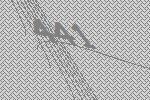
441